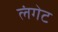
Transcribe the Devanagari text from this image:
लंगेट